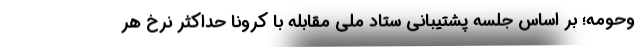
وحومه؛ بر اساس جلسه پشتیبانی ستاد ملی مقابله با کرونا حداکثر نرخ هر